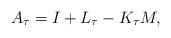
LaTeX: \begin{align*}A_\tau=I + L_\tau-K_\tau M,\end{align*}